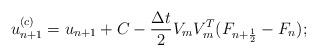
LaTeX: \begin{align*}u_{n+1}^{(c)} = u_{n+1} + C - \frac{\Delta t}{2} V_m V_m^T ( F_{n+\frac{1}{2}}- F_n );\end{align*}